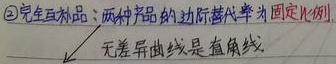
\textcircled{2}完全互补品：两种产品的边际替代率为固定比例，无差异曲线是直角线。